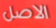
الاصل